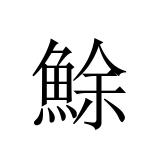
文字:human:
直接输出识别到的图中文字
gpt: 鮽